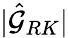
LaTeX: \lvert\hat{\mathcal{G}}_{RK}\rvert